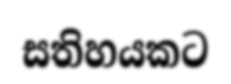
සතිහයකට